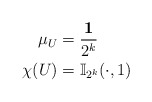
\begin{align*}\mu_U& = \frac{\mathbf{1}}{2^k}\\\chi(U)& = \mathbb{I}_{2^k}(\cdot, 1)\end{align*}